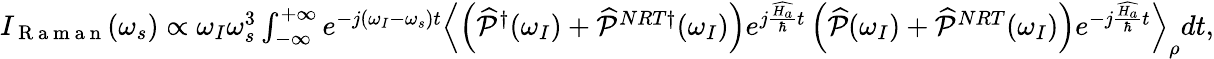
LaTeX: \begin{array}{r}{I_{\mathrm{~R~a~m~a~n~}}(\omega_{s})\propto\omega_{I}\omega_{s}^{3}\int_{-\infty}^{+\infty}e^{-j(\omega_{I}-\omega_{s})t}\left\langle\left(\widehat{\mathcal{P}}^{\dagger}(\omega_{I})+\widehat{\mathcal{P}}^{NRT\dagger}(\omega_{I})\right)e^{j\frac{\widehat{H_{a}}}{\hbar}t}\left(\widehat{\mathcal{P}}(\omega_{I})+\widehat{\mathcal{P}}^{NRT}(\omega_{I})\right)e^{-j\frac{\widehat{H_{a}}}{\hbar}t}\right\rangle_{\rho}dt,}\end{array}